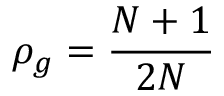
\rho _ { g } = \frac { N + 1 } { 2 N }